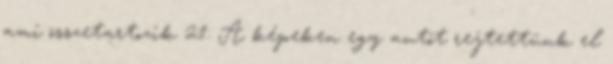
ami összetartozik 21: A képeken egy autót rejtettünk el